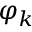
\varphi _ { k }